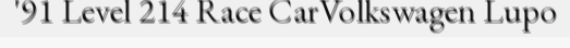
'91 Level 214 Race CarVolkswagen Lupo